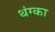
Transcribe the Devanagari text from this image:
थंग्का